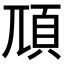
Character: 䪲